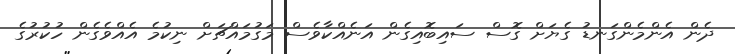
ދެން އެންމެންގަނޑު ގެޔަށް ގޮސް ސައިބޮއިގެން އަނެއްކާވެސް މަގުމައްޗަށް ނިކުމެ އެއްވެގެން ހުކުރުގެ